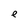
Character: e